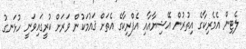
ލެޓިން އެމެރިކާގެ އިތުރުން އޭޝިޔާއާއި އެފްރިކާގެ އެތަށް ޤައުމަކުން ވަރަށް ކުރީގައިވަނީ ހުޅަނގު